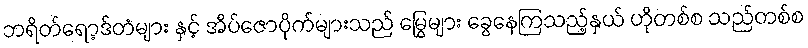
ဘရိတ်ရော့ဒ်တံများ နှင့် အိပ်ဇောပိုက်များသည် မြွေများ ခွေနေကြသည့်နှယ် ဟိုတစ်စ သည်တစ်စ